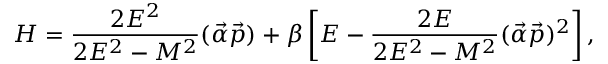
{ \cal H } = \frac { 2 E ^ { 2 } } { 2 E ^ { 2 } - M ^ { 2 } } ( \vec { \alpha } \vec { p } ) + \beta \left[ E - \frac { 2 E } { 2 E ^ { 2 } - M ^ { 2 } } ( \vec { \alpha } \vec { p } ) ^ { 2 } \right] ,